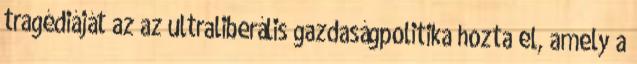
tragédiáját az az ultraliberális gazdaságpolitika hozta el, amely a